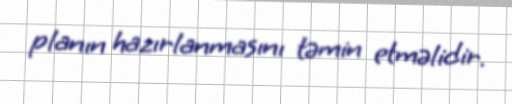
planın hazırlanmasını təmin etməlidir.